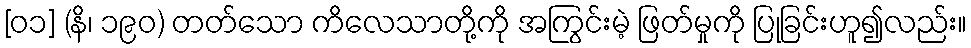
[၀၁] (နိ၊ ၁၉၀) တတ်သော ကိလေသာတို့ကို အကြွင်းမဲ့ ဖြတ်မှုကို ပြုခြင်းဟူ၍လည်း။